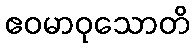
ဧဝမာဝုသောတိ